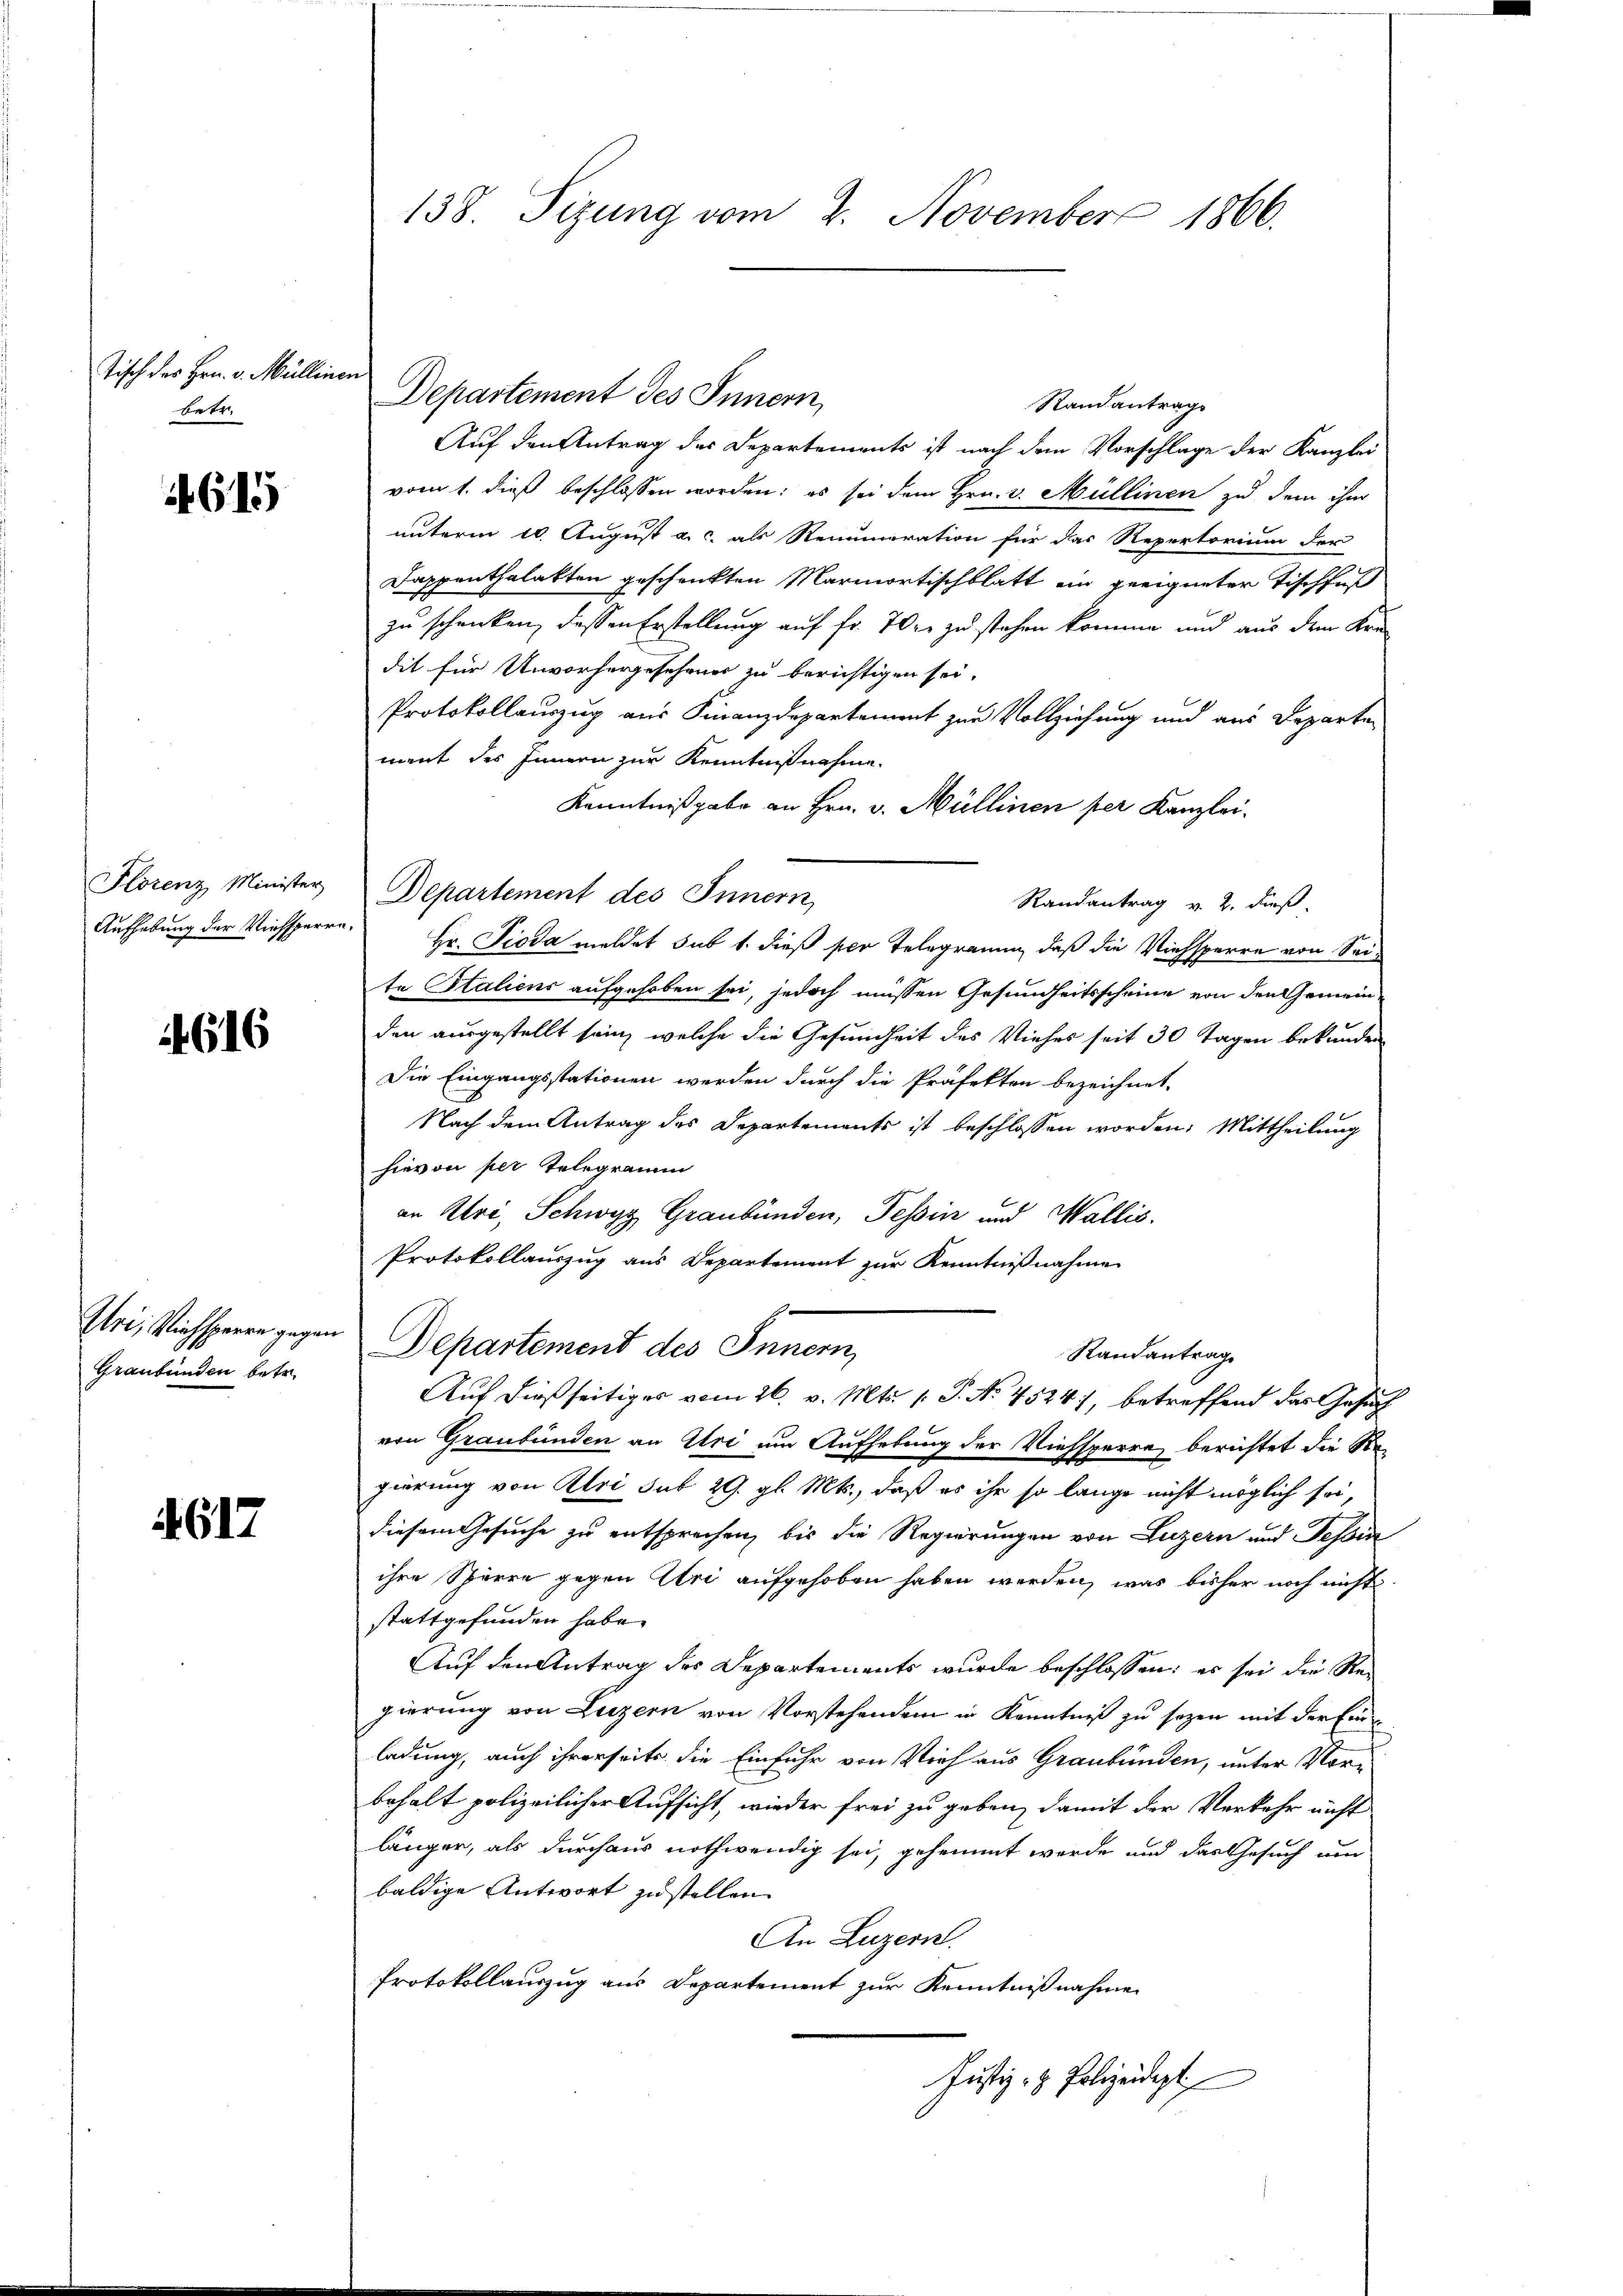
Tisch des Hrn. v. Müllinen
betr.

615

Florenz Minister

616

Iri, Riehsperre gegen
Graubünden betr.

4617

138. Sizung vom 2. November 1866.

Departement des Innern,
Randantrags
Auf den Antrag des Departements ist nach dem Vorschlage der Kanzlei
vom 1. dieß beschlossen worden; es sei dem Hrn. v. Müllinen zu dem ihn
unterm 10. August a. c. als Renumeration für das Repertorium der
Dappenthalakten geschenkten Marmortischblatt ein geeigneter Tischfuß
zu schrecken, dessen Erstellung auf fr. 70. zu stehen komme und aus dem Kredit für Unvorhergesehenes zu berichtigen sei.
Protokollauszug aus Finanzdepartement zur Vollziehung und aus Departen
ment des Innern zur Kenntnißnahme.
Kenntnißgabe an Hrn. v. Müllinen per Kanzlei.
Departement des Innern
Randantrag v. 2. dieß.
Aufhebung der Viehsperre. Hr. Pioda meldet sub 1. dieß per Telegramm, daß die Viehsperre von Seite Italiens aufgehoben sei, jedoch müssen Gesundheitsscheine von den Gemeinden ausgestellt sei, welche die Gesundheit des Viehes seit 30 Tagen bekunden
Die Eingangsstationen werden durch die Präfekten bezeichnet,
Nach dem Antrag des Departements ist beschlossen worden. Mittheilung
hievon per Telegramm
an Uri, Schwyz Graubünden, Tessin und Wallis.
Protokollaŭszŭg ans Departement zŭr Kenntniβnahme
Departement des Innern,
Randantrag
Auf dießseitiges vom 26. v. Mts. (T. No. 4524), betreffend das Gesuch
von Graubünden an Uri um Aufhebung der Viehsperre, berichtet die Regierung von Klei sub 29. gl. Mts., daß es ihr so lange nicht möglich sei,
diesem Gesuche zu entsprechen, bis die Regierungen von Luzern und Tessin
ihre Sparre gegen Uri aufgehoben haben werden, was bisher noch nicht
stattgefunden habe.
Auf den Antrag des Departements wurde beschlossen: es sei die Regierung von Luzern von Vorstehendem in Kenntniß zu sezen mit der Einladung, auch ihrerseits die Einfuhr von Vieh aus Graubünden, unter Vorbehalt polizeilicher Aufsicht, wieder frei zu geben, damit der Verkehr nicht
länger, als durchaus nothwendig sei, gehemmt werde und das Gesuch und
baldige Antwort zu stellen.
An Luzern.
Protokollauszug aus Departement zur Kenntnißnahme
Justiz- & Polizeidigt